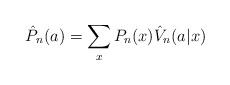
LaTeX: \begin{align*}\hat{P}_n(a)=\sum_{x}P_n(x)\hat{V}_n(a|x)\end{align*}